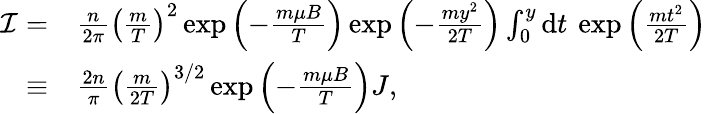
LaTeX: \begin{array}{rl}{\mathcal{I}=}&{\frac{n}{2\pi}\left(\frac{m}{T}\right)^{2}\exp\left(-\frac{m\mu B}{T}\right)\exp\left(-\frac{my^{2}}{2T}\right)\int_{0}^{y}\mathrm{d}t\: \exp\left(\frac{mt^{2}}{2T}\right)}\\ {\equiv}&{\frac{2n}{\pi}\left(\frac{m}{2T}\right)^{3/2}\exp\left(-\frac{m\mu B}{T}\right)J,}\end{array}